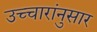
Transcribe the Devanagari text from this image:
उच्चारांनुसार